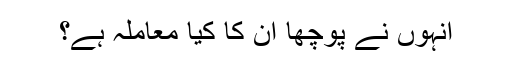
انہوں نے پوچھا ان کا کیا معاملہ ہے؟